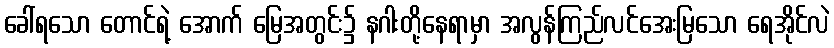
ခေါ်ရသော တောင်ရဲ့ အောက် မြေအတွင်း၌ နဂါးတို့နေရာမှာ အလွန်ကြည်လင်အေးမြသော ရေအိုင်လဲ